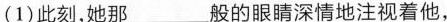
(1)此刻，她那___般的眼睛深情地注视着他，